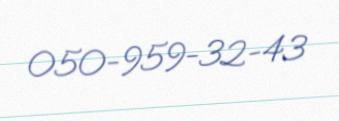
050-959-32-43